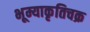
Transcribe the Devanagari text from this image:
भूम्याकृतिचक्र